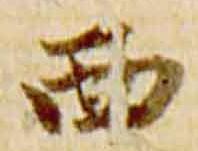
西